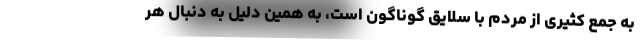
به جمع کثیری از مردم با سلایق گوناگون است، به همین دلیل به دنبال هر